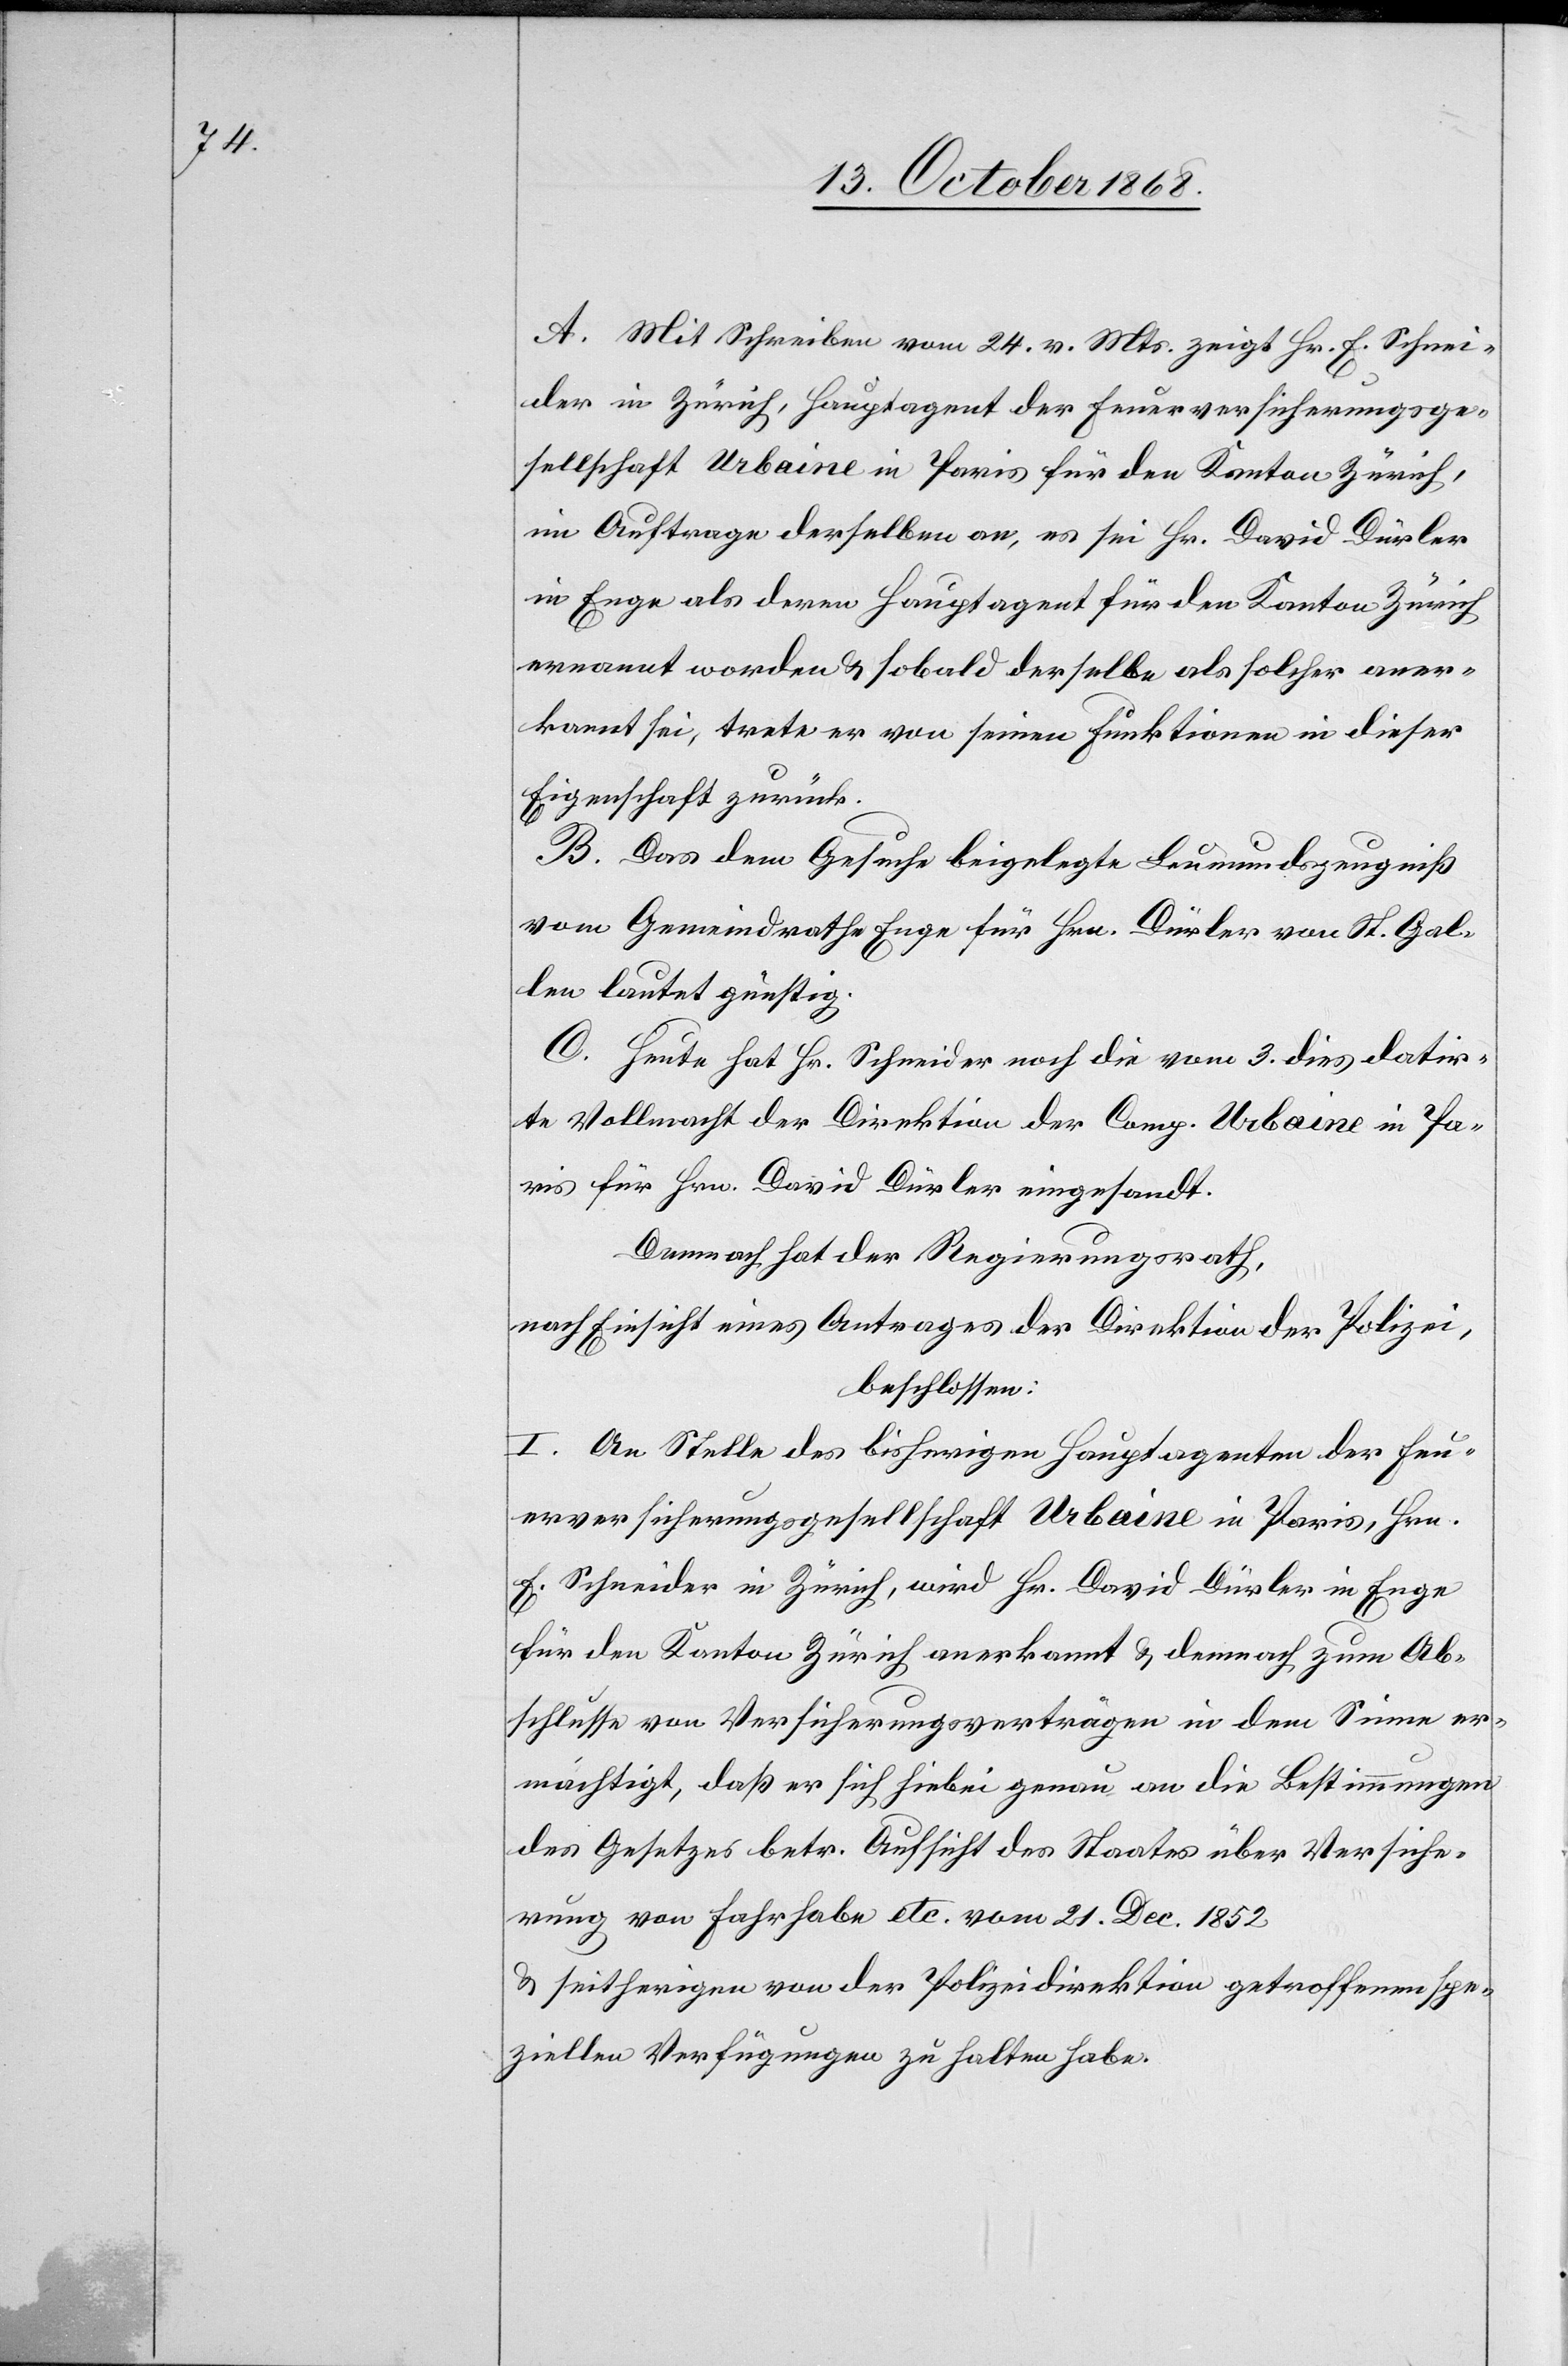
A. Mit Schreiben vom 24. v. Mts. zeigt Hr. E. Schnei¬
der in Zürich, Hauptagent der Feuerversicherungsge¬
sellschaft Urbaine in Paris für den Kanton Zürich,
im Auftrage derselben an, es sei Hr. David Dürler
in Enge als deren Hauptagent für den Kanton Zürich
ernannt worden & sobald derselbe als solcher aner¬
kannt sei, trete er von seinen Funktionen in dieser
Eigenschaft zurück.
B. Das dem Gesuche beigelegte Leumundszeugniß
vom Gemeindrathe Enge für Hrn. Dürler von St. Gal¬
len lautet günstig.
C. Heute hat Hr. Schneider noch die vom 3. dies datir¬
te Vollmacht der Direktion der Comp. Urbaine in Pa¬
ris für Hrn. David Dürler eingesandt.
Demnach hat der Regierungsrath,
nach Einsicht eines Antrages der Direktion der Polizei,
beschlossen:
I. An Stelle des bisherigen Hauptagenten der Feu¬
erversicherungsgesellschaft Urbaine in Paris, Hrn.
E. Schneider in Zürich, wird Hr. David Dürler in Enge
für den Kanton Zürich anerkannt & demnach zum Ab¬
schlusse von Versicherungsverträgen in dem Sinne er¬
mächtigt, daß er sich hiebei genau an die Bestimmungen
des Gesetzes betr. Aufsicht des Staates über Versiche¬
rung von Fahrhabe etc. vom 21. Dec. 1852
& seitherigen von der Polizeidirektion getroffenen spe¬
ziellen Verfügungen zu halten habe.